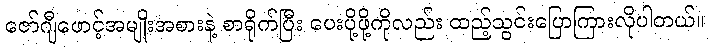
ဇော်ဂျီဖောင့်အမျိုးအစားနဲ့ စာရိုက်ပြီး ပေးပို့ဖို့ကိုလည်း ထည့်သွင်းပြောကြားလိုပါတယ်။